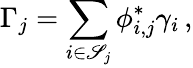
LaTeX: \Gamma_{j}=\sum_{i\in\mathscr{S}_{j}}\phi_{i,j}^{\ast}\gamma_{i}\, ,